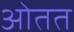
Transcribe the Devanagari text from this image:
ओतत